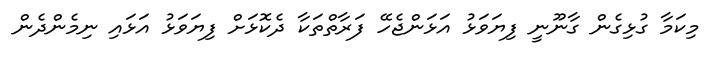
މިކަމާ ގުޅިގެން ގާނޫނީ ފިޔަވަޅު އަޅަންޖެހޭ ފަރާތްތަކާ ދެކޮޅަށް ފިޔަވަޅު އަޅައި ނިމެންދެން